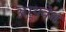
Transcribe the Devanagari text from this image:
अर्थवेध